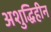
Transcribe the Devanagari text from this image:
अशुद्धिहीन